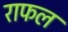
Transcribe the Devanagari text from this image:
राफल